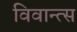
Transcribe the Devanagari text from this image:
विवान्त्स